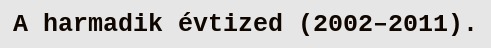
A harmadik évtized (2002–2011).